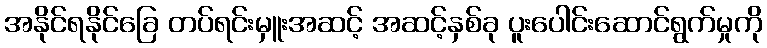
အနိုင်ရနိုင်ခြေ တပ်ရင်းမှူးအဆင့် အဆင့်နှစ်ခု ပူးပေါင်းဆောင်ရွက်မှုကို